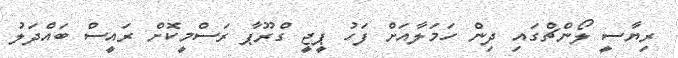
ރިޔާސީ ލޯންޗްގައި ދިން ހަމަލާއަށް ފަހު ޕީޖީ ގްރޫޕާ ރަސްމީކޮށް ރައީސް ބައްދަލު